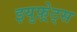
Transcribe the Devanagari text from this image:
इयुफ़्रेट्स